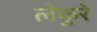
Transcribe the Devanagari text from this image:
लेकुरे